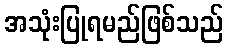
အသုံးပြုရမည်ဖြစ်သည်